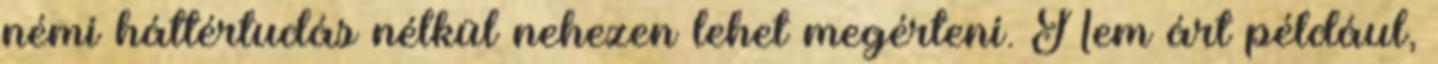
némi háttértudás nélkül nehezen lehet megérteni. Nem árt például,